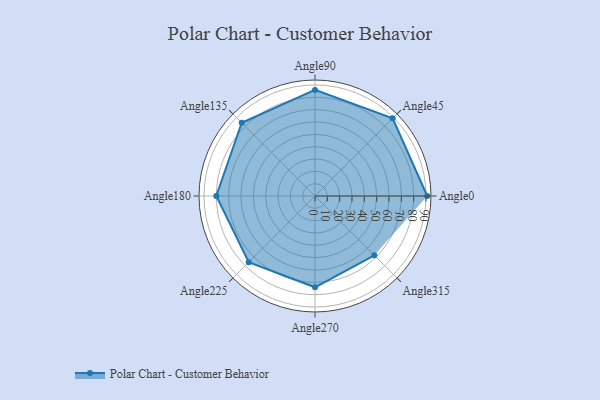
{"axis": {"x": "Angle", "y": "Radius"}, "legend": [""], "data": [{"x": "Angle0", "y": 91.0, "type": ""}, {"x": "Angle45", "y": 89.0, "type": ""}, {"x": "Angle90", "y": 86.0, "type": ""}, {"x": "Angle135", "y": 84.0, "type": ""}, {"x": "Angle180", "y": 80.0, "type": ""}, {"x": "Angle225", "y": 76.0, "type": ""}, {"x": "Angle270", "y": 74.0, "type": ""}, {"x": "Angle315", "y": 68.0, "type": ""}]}